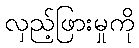
လှည့်ဖြားမှုကို